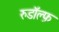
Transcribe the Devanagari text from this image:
रुडॉल्फ़